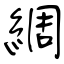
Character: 綢